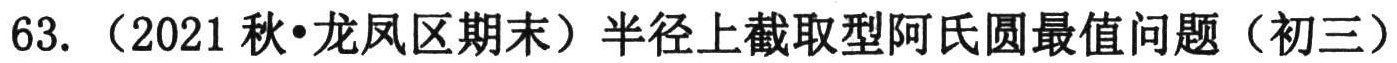
63. （2021秋•龙凤区期末）半径上截取型阿氏圆最值问题（初三）